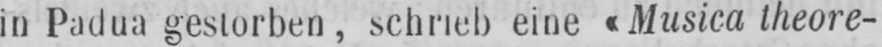
in Padua gestorben, schrieb eine «Musica theore-